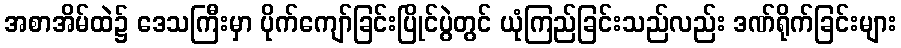
အစာအိမ်ထဲ၌ ဒေသကြီးမှာ ပိုက်ကျော်ခြင်းပြိုင်ပွဲတွင် ယုံကြည်ခြင်းသည်လည်း ဒဏ်ရိုက်ခြင်းများ